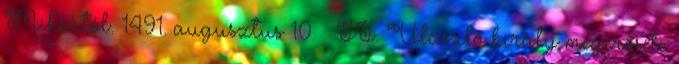
Miksától. 1491. augusztus 10. – II. Ulászló király megerősíti